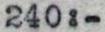
240:-